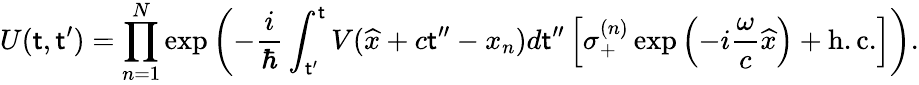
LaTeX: U(\mathsf{t},\mathsf{t}^{\prime})=\prod_{n=1}^{N}\exp\left(-\frac{{i}}{{\hbar}}\int_{\mathsf{t}^{\prime}}^{\mathsf{t}}V(\widehat{{x}}+c\mathsf{t}^{\prime\prime}-x_{n})d\mathsf{t}^{\prime\prime}\left[\sigma_{+}^{(n)}\exp\left(-i\frac{{\omega}}{{c}}\widehat{{x}}\right)+\mathrm{{h.c.}}\right]\right).